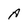
Character: A